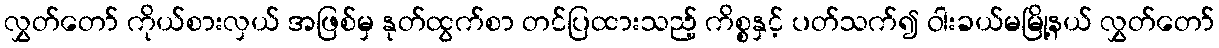
လွှတ်တော် ကိုယ်စားလှယ် အဖြစ်မှ နုတ်ထွက်စာ တင်ပြထားသည့် ကိစ္စနှင့် ပတ်သက်၍ ဝါးခယ်မမြို့နယ် လွှတ်တော်